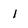
Character: I